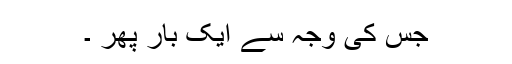
جس کی وجہ سے ایک بار پھر ۔